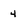
Character: 4